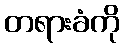
တရားခံကို